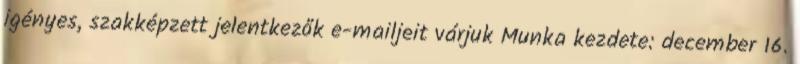
igényes, szakképzett jelentkezők e-mailjeit várjuk Munka kezdete: december 16.